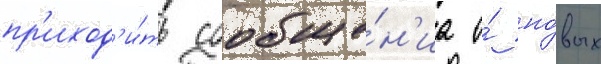
пр'иход'и́ть сообще́н'иа о́ но́вых